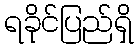
ရခိုင်ပြည်ရှိ